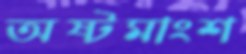
অষ্টমাংশ